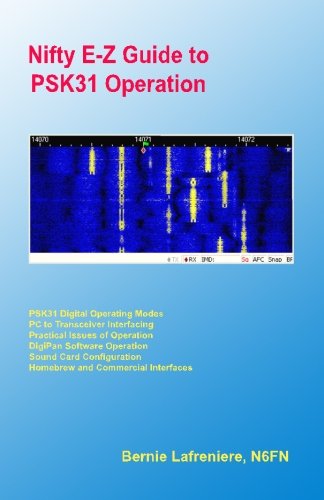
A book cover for Nifty E-Z Guide To Psk31 Operation; Bernie Lafreniere; Crafts, Hobbies & Home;